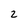
Character: 2